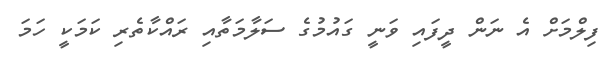
ފިލްމަށް އެ ނަން ދީފައި ވަނީ ގައުމުގެ ސަލާމަތާއި ރައްކާތެރި ކަމަކީ ހަމަ